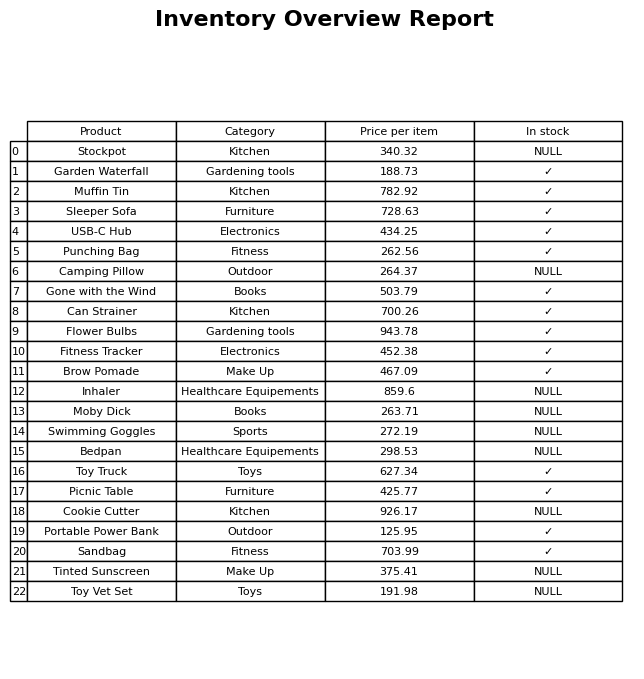
question: Which products are available in stock?
answer: Garden Waterfall, Muffin Tin, Sleeper Sofa, USB-C Hub, Punching Bag, Gone with the Wind, Can Strainer, Flower Bulbs, Fitness Tracker, Brow Pomade, Toy Truck, Picnic Table, Portable Power Bank, Sandbag